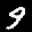
Label: 9